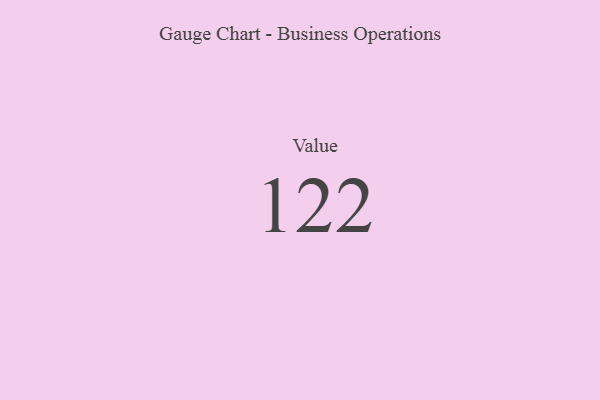
{"axis": {"x": "Metric", "y": "Value"}, "legend": [""], "data": [{"x": "Value", "y": 122, "type": ""}]}